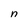
Character: n